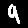
Digit: 9